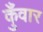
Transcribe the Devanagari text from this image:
कुँवार